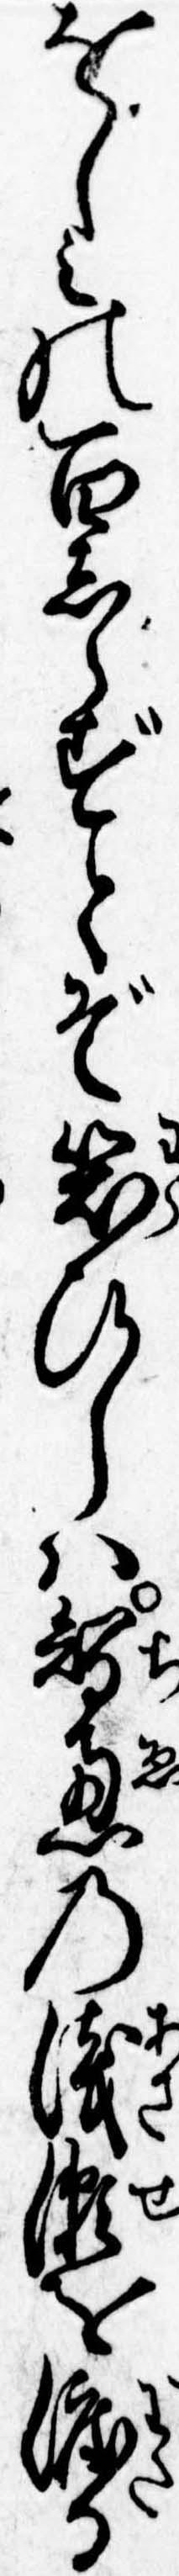
をしみの百しらずとぞ笑ひしは智恵の浅瀬を渡る